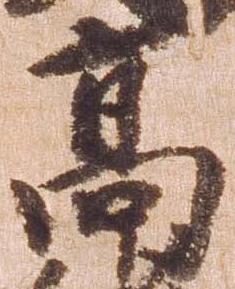
高